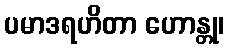
ပမာဒရဟိတာ ဟောန္တု၊